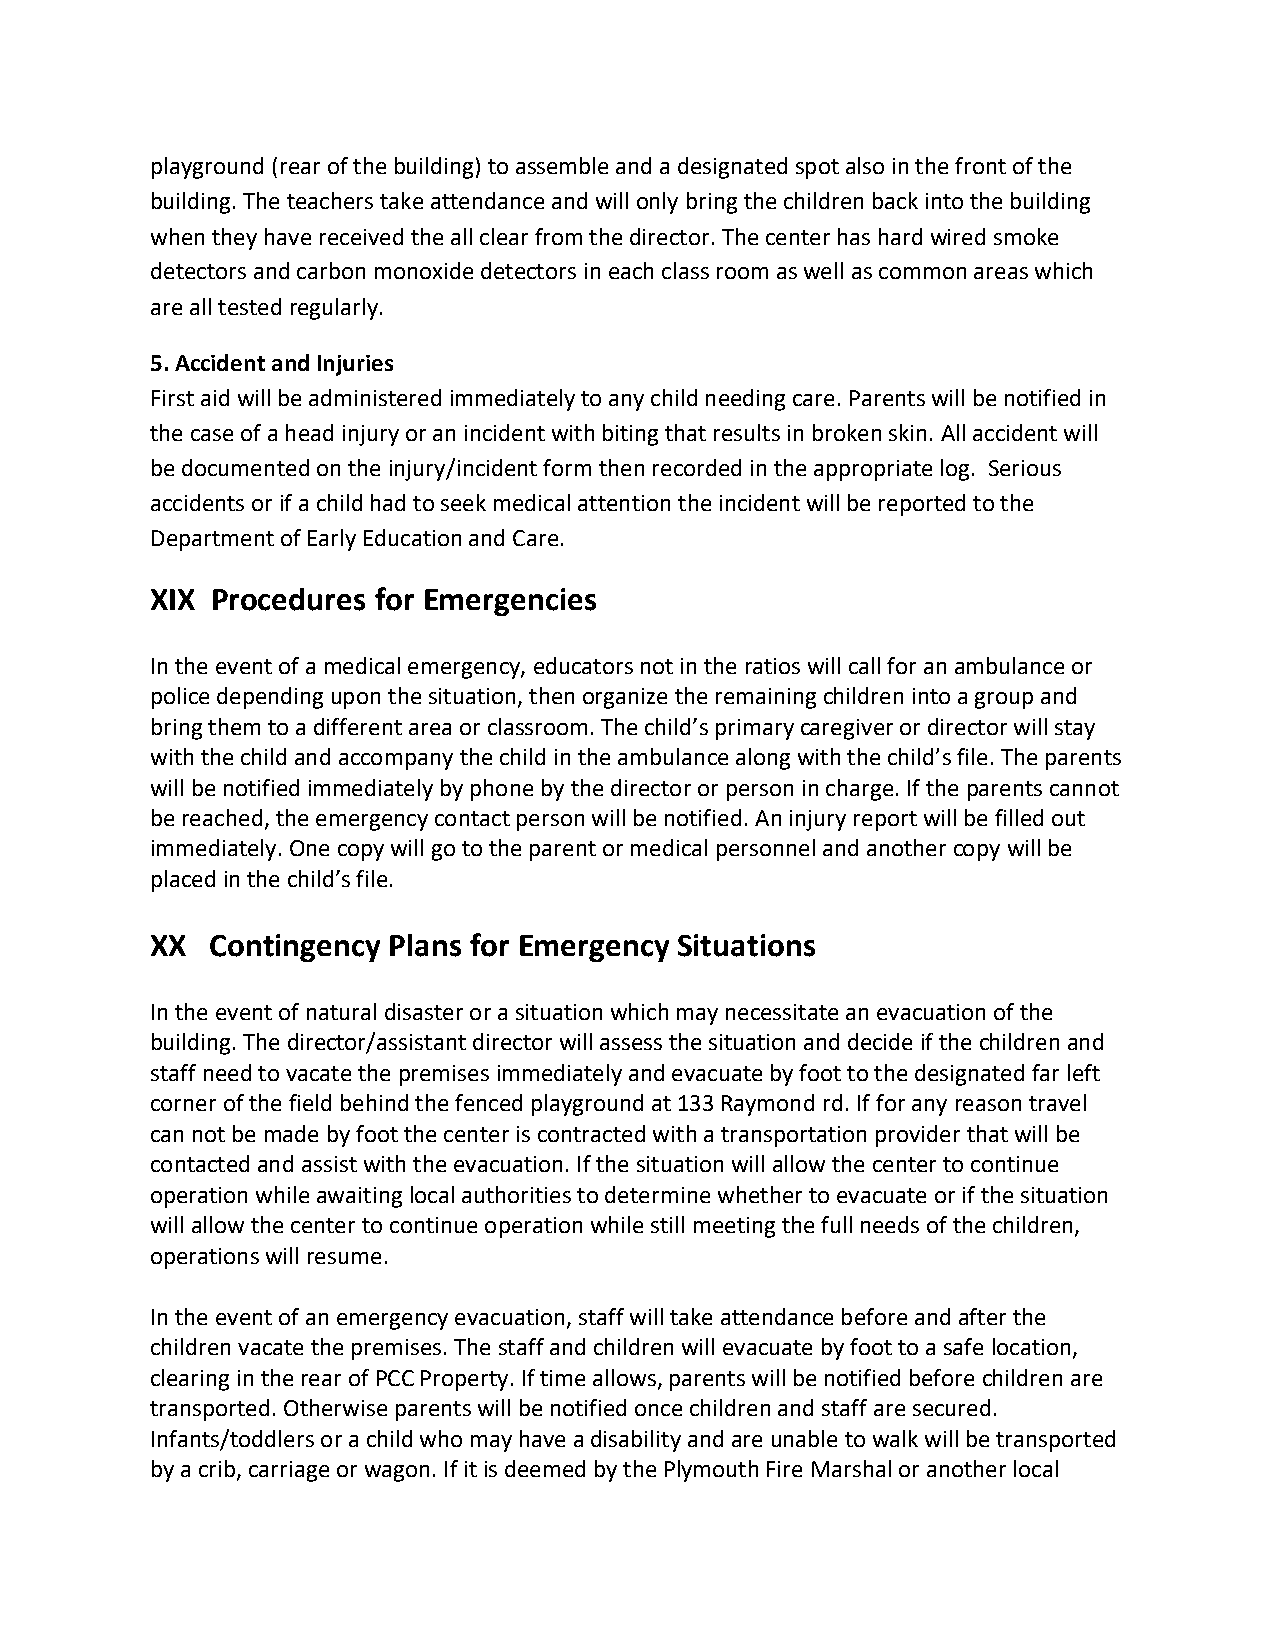
playground (rear of the building) to assemble and a designated spot also in the front of the
 building. The teachers take attendance and will only bring the children back into the building
 when they have received the all clear from the director. The center has hard wired smoke
 detectors and carbon monoxide detectors in each class room as well as common areas which
 are all tested regularly.
 5. Accident and Injuries
 First aid will be administered immediately to any child needing care. Parents will be notified in
 the case of a head injury or an incident with biting that results in broken skin. All accident will
 be documented on the injury/incident form then recorded in the appropriate log. Serious
 accidents or if a child had to seek medical attention the incident will be reported to the
 Department of Early Education and Care.
 XIX Procedures for Emergencies
 In the event of a medical emergency, educators not in the ratios will call for an ambulance or
 police depending upon the situation, then organize the remaining children into a group and
 bring them to a different area or classroom. The child’s primary caregiver or director will stay
 with the child and accompany the child in the ambulance along with the child’s file. The parents
 will be notified immediately by phone by the director or person in charge. If the parents cannot
 be reached, the emergency contact person will be notified. An injury report will be filled out
 immediately. One copy will go to the parent or medical personnel and another copy will be
 placed in the child’s file.
 XX  Contingency Plans for Emergency Situations
 In the event of natural disaster or a situation which may necessitate an evacuation of the
 building. The director/assistant director will assess the situation and decide if the children and
 staff need to vacate the premises immediately and evacuate by foot to the designated far left
 corner of the field behind the fenced playground at 133 Raymond rd. If for any reason travel
 can not be made by foot the center is contracted with a transportation provider that will be
 contacted and assist with the evacuation. If the situation will allow the center to continue
 operation while awaiting local authorities to determine whether to evacuate or if the situation
 will allow the center to continue operation while still meeting the full needs of the children,
 operations will resume.
 In the event of an emergency evacuation, staff will take attendance before and after the
 children vacate the premises. The staff and children will evacuate by foot to a safe location,
 clearing in the rear of PCC Property. If time allows, parents will be notified before children are
 transported. Otherwise parents will be notified once children and staff are secured.
 Infants/toddlers or a child who may have a disability and are unable to walk will be transported
 by a crib, carriage or wagon. If it is deemed by the Plymouth Fire Marshal or another local